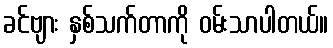
ခင်ဗျား နှစ်သက်တာကို ဝမ်းသာပါတယ်။